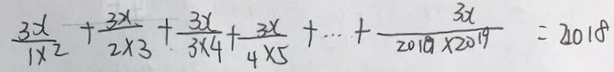
\frac { 3 x } { 1 \times 2 } + \frac { 3 x } { 2 \times 3 } + \frac { 3 x } { 3 \times 4 } + \frac { 3 x } { 4 \times 5 } + \cdots + \frac { 3 x } { 2 0 1 0 \times 2 0 1 9 } = 2 0 1 8